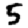
Digit: 5